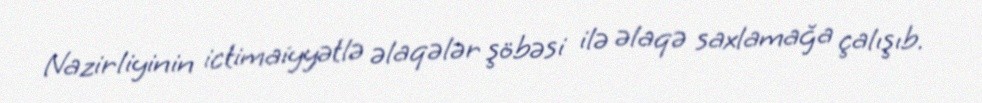
Nazirliyinin ictimaiyyətlə əlaqələr şöbəsi ilə əlaqə saxlamağa çalışıb.